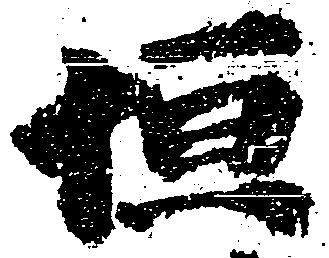
恒